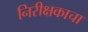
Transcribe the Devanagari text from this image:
निरीक्षकाचा